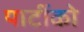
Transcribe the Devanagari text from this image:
पार्टीको